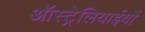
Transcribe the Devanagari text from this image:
ऑस्ट्रेलियाईयों